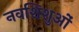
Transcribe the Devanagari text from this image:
नवशिशुओं